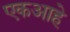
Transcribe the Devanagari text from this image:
एकआहे